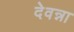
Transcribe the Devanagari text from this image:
देवन्ना